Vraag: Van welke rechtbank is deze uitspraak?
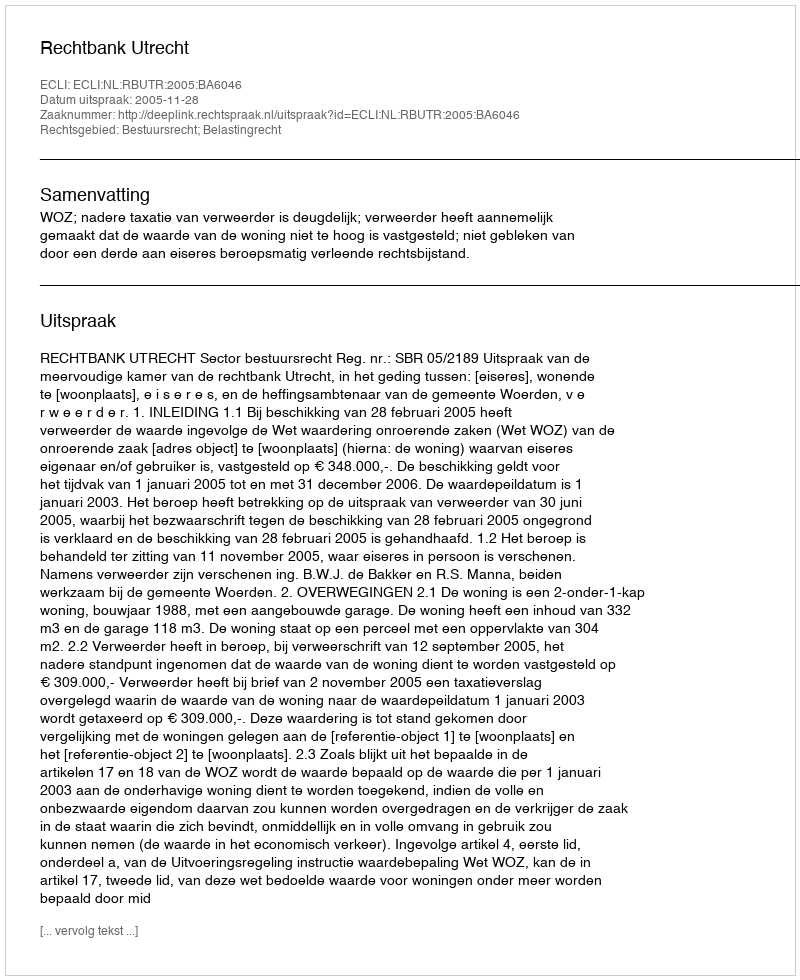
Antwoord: Rechtbank Utrecht